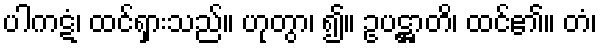
ပါကဋံ၊ ထင်ရှားသည်။ ဟုတွာ၊ ၍။ ဥပဋ္ဌာတိ၊ ထင်၏။ တံ၊